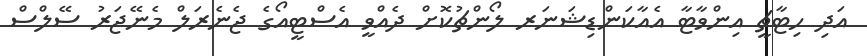
އަދި ހިޓާޗީ އިންވާޓާ އެއާކަންޑިޝަނަރ ލޯންޗުކޮށް ދެއްވީ އެސްޓީއޯގެ ޖެނެރަލް މެނޭޖަރު ސޭލްސް